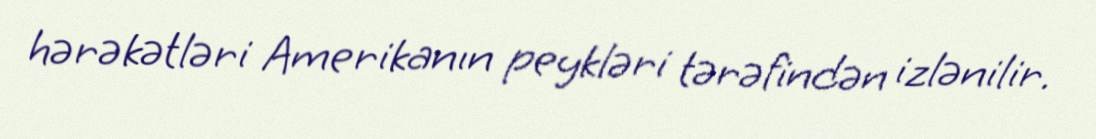
hərəkətləri Amerikanın peykləri tərəfindən izlənilir.